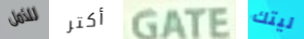
للأمل أكتر GATE ليتك